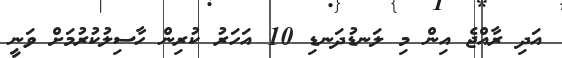
އަދި ރާއްޖެ އިން މި ލަނޑުދަނޑި 10 އަހަރު ކުރިން ހާސިލުކުރުމަށް ވަނީ